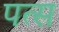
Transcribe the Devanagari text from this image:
पत्स